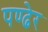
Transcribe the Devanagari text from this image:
पण्ढेर